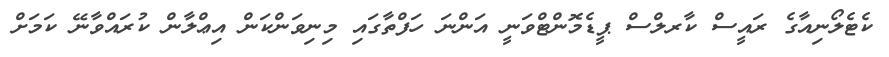
ކެޓެލޯނިއާގެ ރައީސް ކާރލްސް ޕީޑެމޮންޓްވަނީ އަންނަ ހަފްތާގައި މިނިވަންކަން އިޢްލާން ކުރައްވާނޭ ކަމަށް